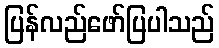
ပြန်လည်ဖော်ပြပါသည်